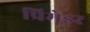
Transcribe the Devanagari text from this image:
प्रिमेइर